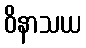
ဝိနာသယ